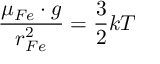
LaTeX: \frac { \mu _ { F e } \cdot g } { r _ { F e } ^ { 2 } } = \frac { 3 } { 2 } k T